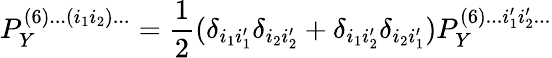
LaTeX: P_{Y}^{(6)...(i_{1}i_{2})...}=\frac{1}{2}(\delta_{i_{1}i_{1}^{\prime}}\delta_{i_{2}i_{2}^{\prime}}+\delta_{i_{1}i_{2}^{\prime}}\delta_{i_{2}i_{1}^{\prime}})P_{Y}^{(6)...i_{1}^{\prime}i_{2}^{\prime}...}